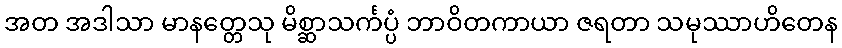
အတ အဒါသာ မာနတ္တေသု မိစ္ဆာသင်္ကပ္ပံ ဘာဝိတကာယာ ဇရတာ သမုဿာဟိတေန